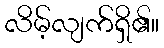
လိမ့်လျက်ရှိ၏။